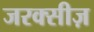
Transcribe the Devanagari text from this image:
जरक्सीज़